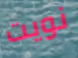
نويت